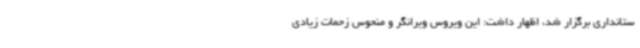
ستانداری برگزار شد، اظهار داشت: این ویروس ویرانگر و منحوس زحمات زیادی